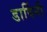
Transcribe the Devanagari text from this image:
डार्विनी